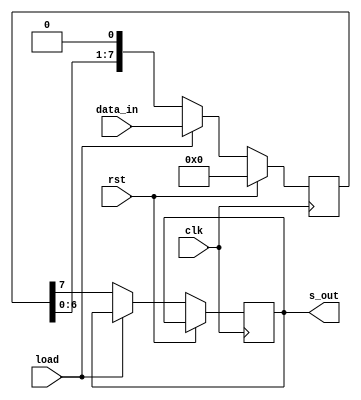
//- ,   
module srg(clk, rst, load, data_in, s_out);
	parameter n = 8;
	input	clk, rst, load;
	input	[n-1:0]	data_in;
	output	s_out;

	reg	s_out;

	reg	[n-1:0]	shift_reg = 0;

	always @(posedge clk)// 
	begin
		if(rst)	shift_reg = 0;	//rst ==1   
		else if(load)	
			shift_reg = data_in;
		else begin
			s_out = shift_reg[n-1];
			shift_reg = { shift_reg[n-2:0], 1'b0 };
		end
	end
endmodule